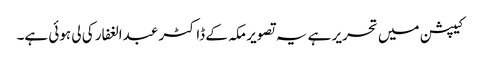
کیپشن میں تحریر ہے یہ تصویر مکہ کے ڈاکٹر عبدالغفار کی لی ہوئی ہے۔